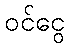
ဝင်ငွေ